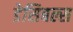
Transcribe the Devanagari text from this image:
डेसिबल्स